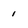
Character: 1